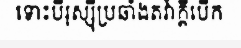
ទោះបីរុស្ស៊ីប្រឆាំងតវ៉ាក្តីបើក